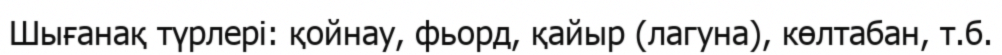
Шығанақ түрлері: қойнау, фьорд, қайыр (лагуна), көлтабан, т.б.